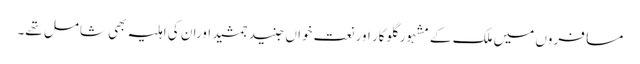
مسافروں میں ملک کے مشہور گلوکار اور نعت خواں جنید جمشید اوران کی اہلیہ بھی شامل تھے۔